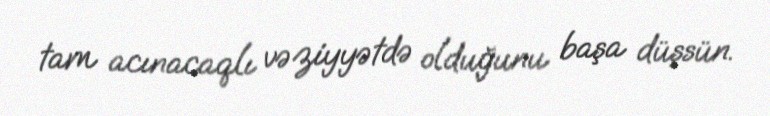
tam acınacaqlı vəziyyətdə olduğunu başa düşsün.